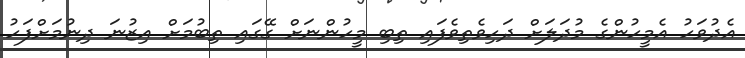
އެދުވަހު އެމީހުންގެ މުދަލަށް ދަހިވެތިވެފައި ތިބި މީހުންނަށް ގޭގައި ތިބުމަށް އިޒުނަ ދިނުމަށްފަހު